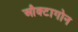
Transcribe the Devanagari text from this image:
औक्टागोन